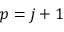
p = j + 1